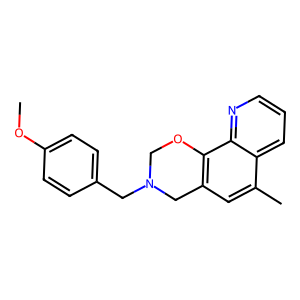
SMILES: COc1ccc(CN2COc3c(cc(C)c4cccnc34)C2)cc1
Inhibits HIV replication: No